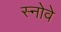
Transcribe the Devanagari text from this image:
स्नोवे